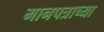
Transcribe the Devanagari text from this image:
मानपत्राच्या